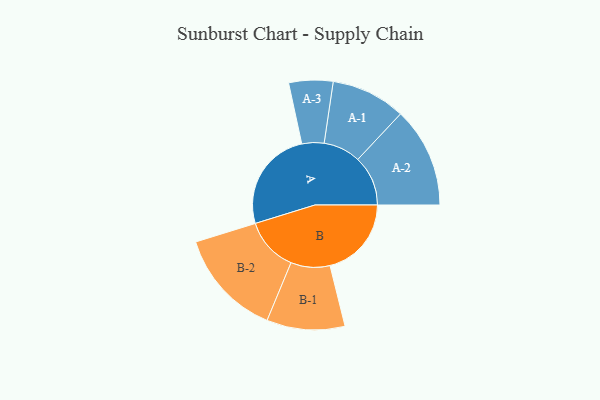
{"axis": {"x": "Segment", "y": "Value"}, "legend": ["", "A", "B"], "data": [{"x": "A", "y": 497, "type": ""}, {"x": "B", "y": 398, "type": ""}, {"x": "A-1", "y": 182, "type": "A"}, {"x": "A-2", "y": 245, "type": "A"}, {"x": "A-3", "y": 108, "type": "A"}, {"x": "B-1", "y": 191, "type": "B"}, {"x": "B-2", "y": 263, "type": "B"}]}